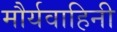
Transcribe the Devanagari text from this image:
मौर्यवाहिनी